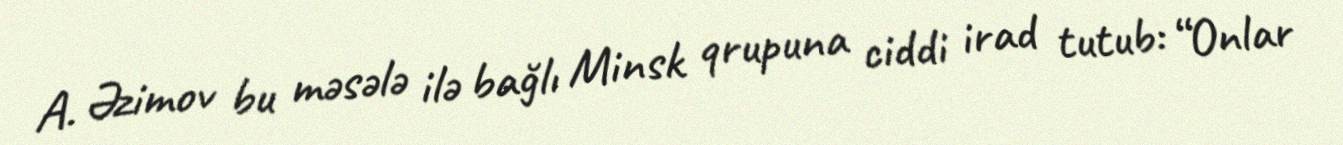
A. Əzimov bu məsələ ilə bağlı Minsk qrupuna ciddi irad tutub: “Onlar